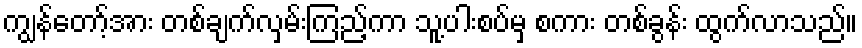
ကျွန်တော့်အား တစ်ချက်လှမ်းကြည့်ကာ သူ့ပါးစပ်မှ စကား တစ်ခွန်း ထွက်လာသည်။